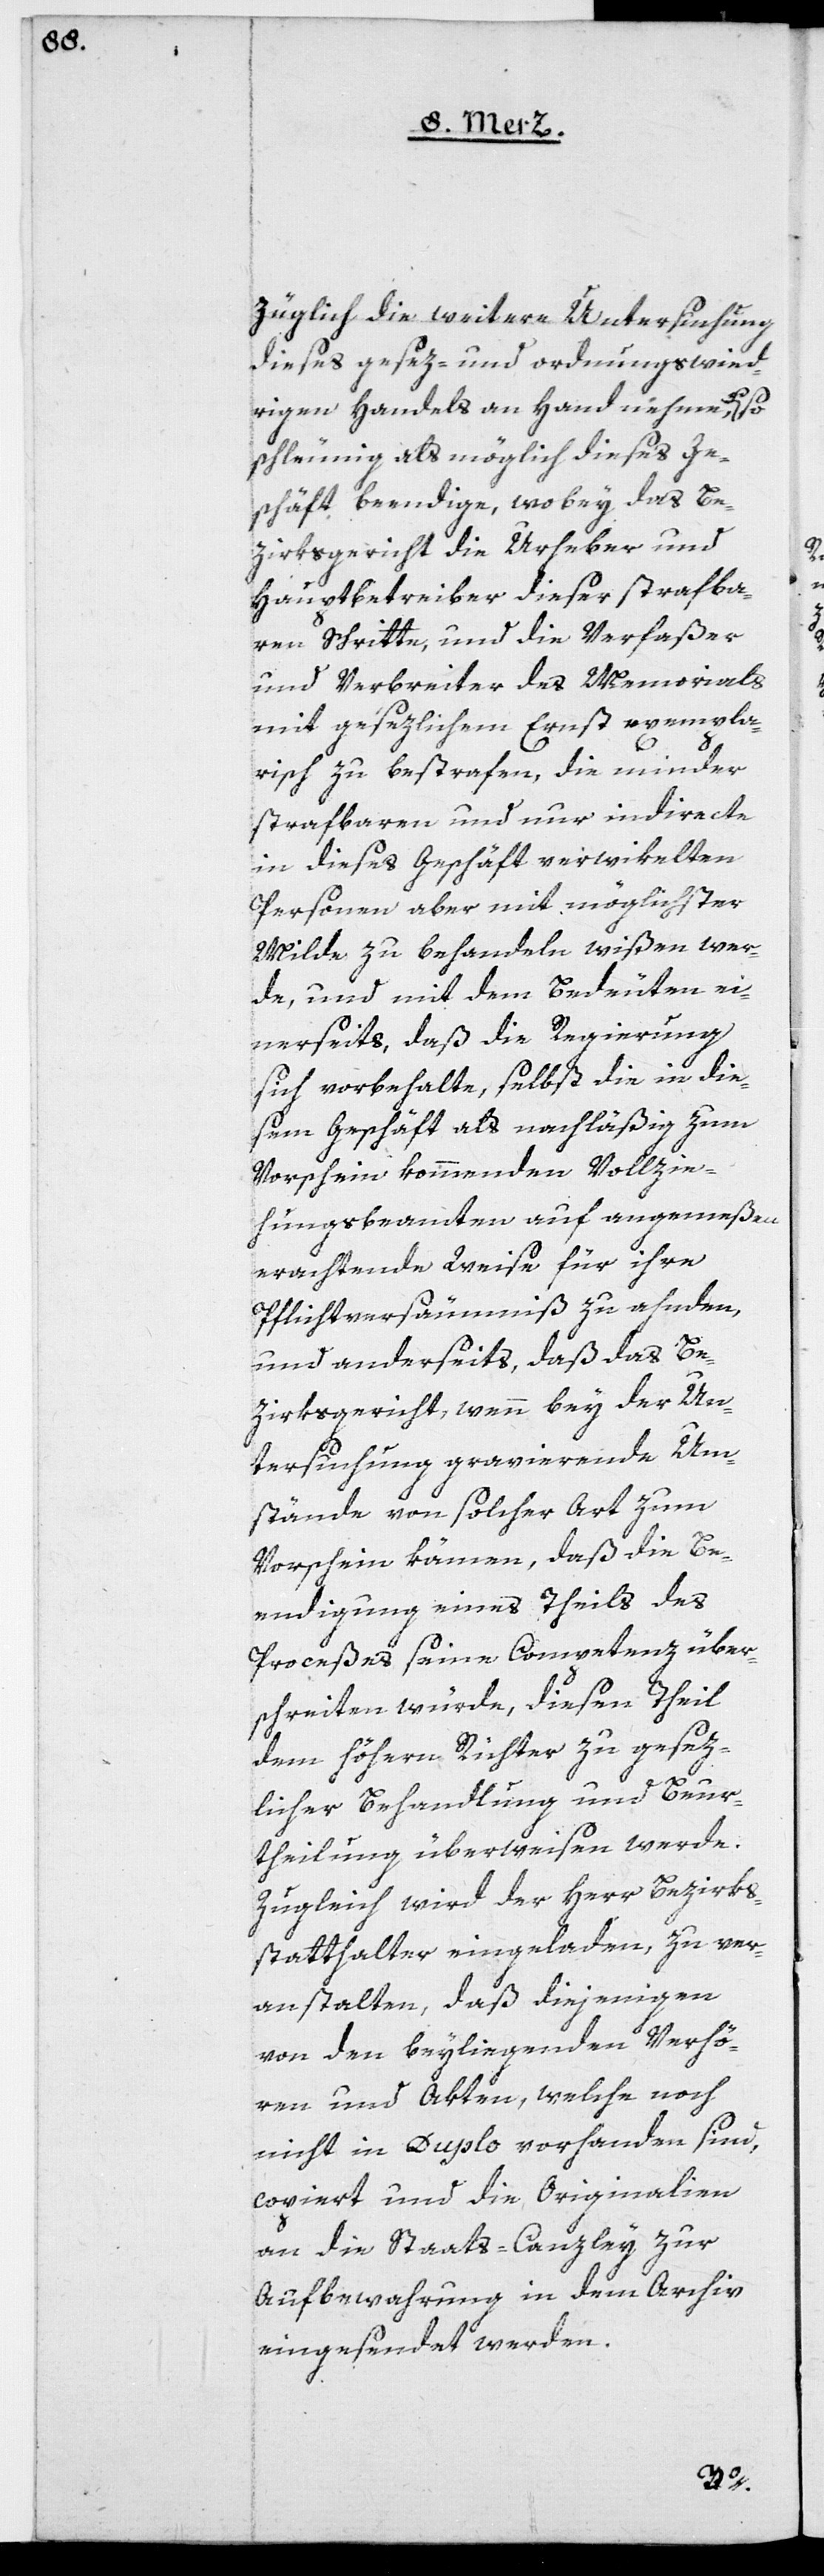
züglich die weitere Untersuchung
dieses gesez- und ordnungswied¬
rigen Handels an Hand nehme, u. so
schleunig als möglich dieses Ge¬
schäft beendige, wobey das Be¬
zirksgericht die Urheber und
Hauptbetreiber dieser strafba¬
ren Schritte, und die Verfaßer
und Verbreiter des Memorials
mit gesezlichem Ernst exempla¬
risch zu bestrafen, die minder
strafbaren und nur indirecte
in dieses Geschäft verwikelten
Personen aber mit möglichster
Milde zu behandeln wißen wer¬
de, und mit dem Bedeuten ei¬
nerseits, daß die Regierung
sich vorbehalte, selbst die in die¬
sem Geschäft als nachläßig zum
Vorschein kommenden Vollzie¬
hungsbeamten auf angemeßen
erachtende Weise für ihre
Pflichtversäumniß zu ahnden,
und anderseits, daß das Be¬
zirksgericht , wenn bey der Un¬
tersuchung gravierende Um¬
stände von solcher Art zum
Vorschein kämen, daß die Be¬
endigung eines Theils des
Proceßes seine Competenz über¬
schreiten würde, diesen Theil
dem höhern Richter zu gesez¬
licher Behandlung und Beur¬
theilung überweisen werde.
Zugleich wird der Herr Bezirks¬
statthalter eingeladen, zu ver¬
anstalten, daß diejenigen
von den beyliegenden Verhö¬
ren und Akten, welche noch
nicht in Duplo vorhanden sind,
copiert und die Originalien
an die Staats-Canzley zur
Aufbewahrung in dem Archiv
eingesendet werden.